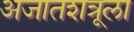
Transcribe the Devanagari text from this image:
अजातशत्रूला